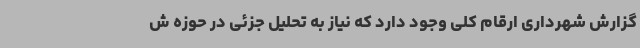
گزارش شهرداری ارقام کلی وجود دارد که نیاز به تحلیل جزئی در حوزه ش